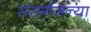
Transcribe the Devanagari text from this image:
संसर्गजन्या